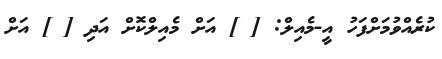
ކުރެއްްވުމަށްފަހު އީ-މެއިލް: [ ] އަށް މެއިލްކޮށް އަދި [ ] އަށް